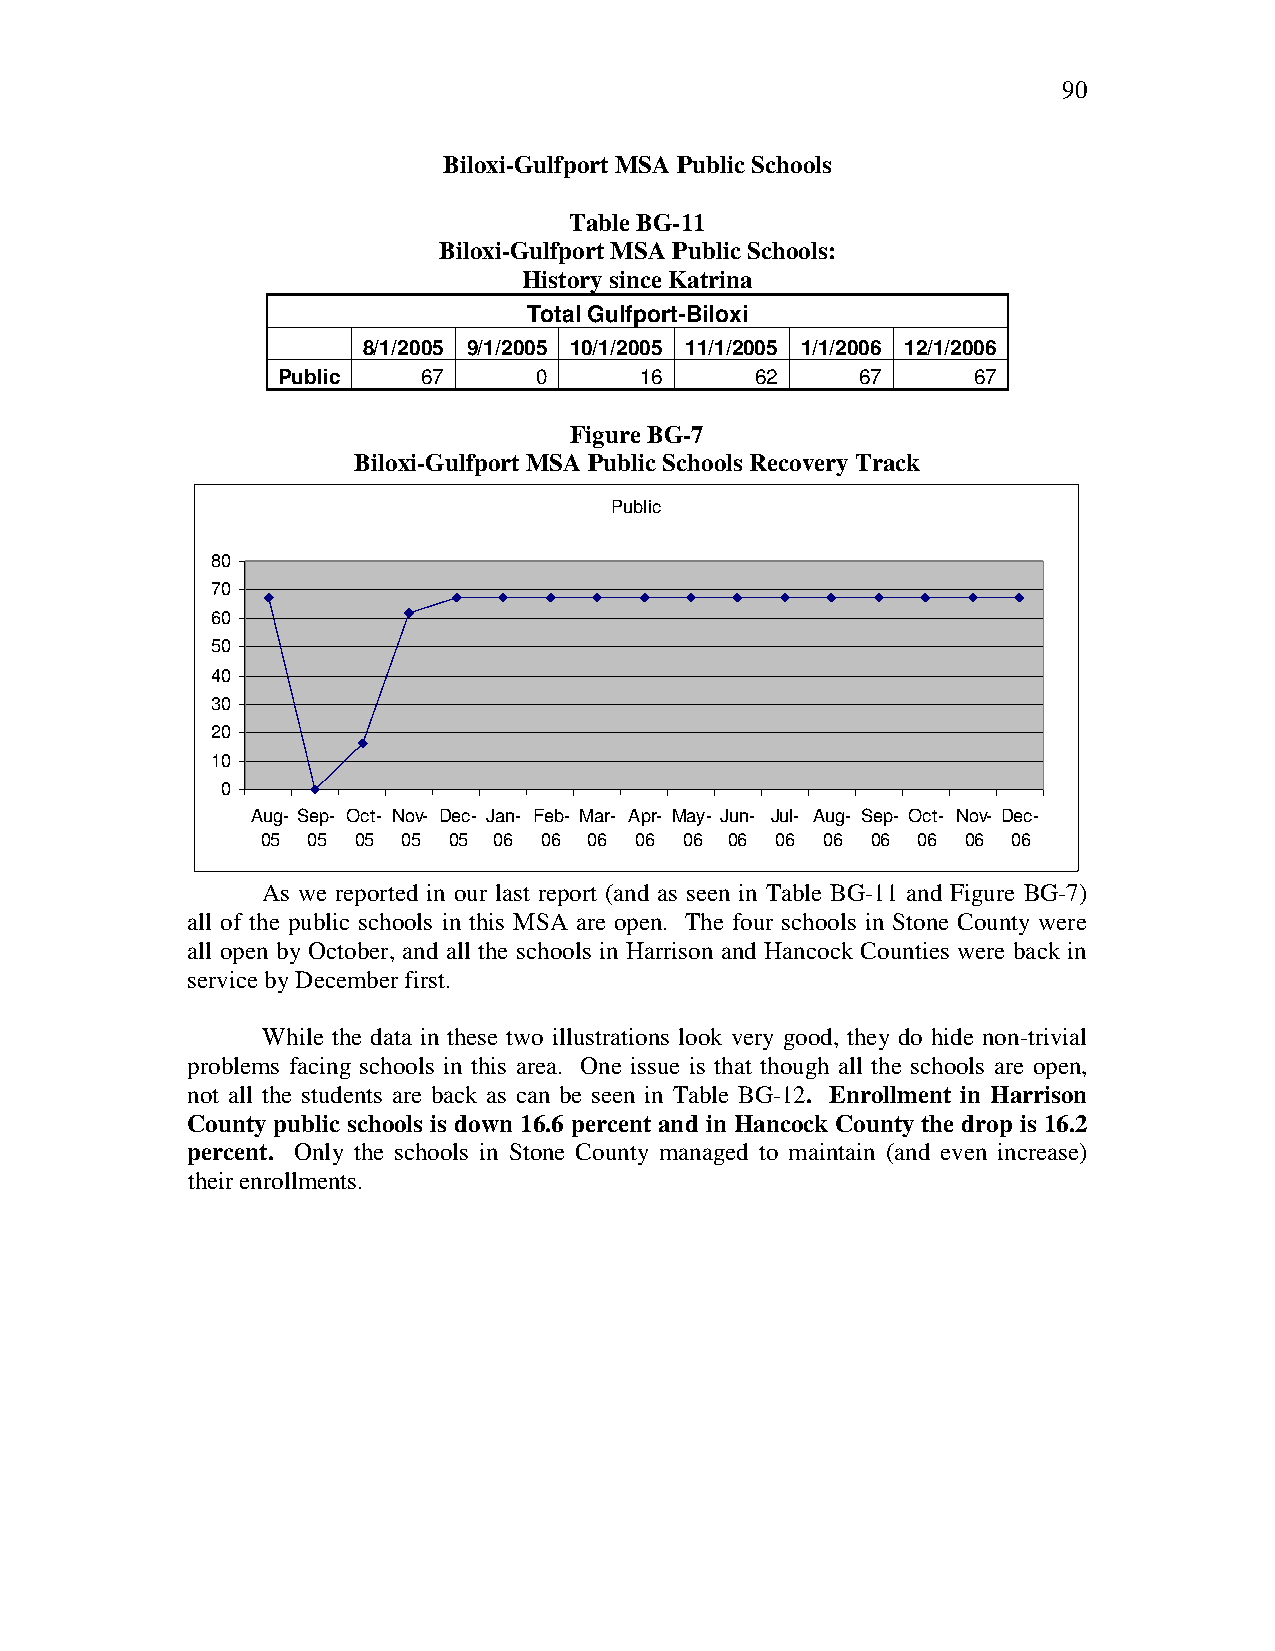
90
 Biloxi-Gulfport MSA Public Schools
 Table BG-11
 Biloxi-Gulfport MSA Public Schools:
 History since Katrina
 Total Gulfport-Biloxi
 8/1/2005 9/1/2005 10/1/2005 11/1/2005 1/1/2006 12/1/2006
 Public    67      0     16      62     67     67
 Figure BG-7
 Biloxi-Gulfport MSA Public Schools Recovery Track
 Public
 80
 70
 60
 50
 40
 30
 20
 10
 0
 Aug- Sep- Oct- Nov- Dec- Jan- Feb- Mar- Apr- May- Jun- Jul- Aug- Sep- Oct- Nov- Dec-
 05 05 05  05 05 06 06 06 06 06 06 06 06  06 06 06 06
 As we reported in our last report (and as seen in Table BG-11 and Figure BG-7)
 all of the public schools in this MSA are open. The four schools in Stone County were
 all open by October, and all the schools in Harrison and Hancock Counties were back in
 service by December first.
 While the data in these two illustrations look very good, they do hide non-trivial
 problems facing schools in this area. One issue is that though all the schools are open,
 not all the students are back as can be seen in Table BG-12. Enrollment in Harrison
 County public schools is down 16.6 percent and in Hancock County the drop is 16.2
 percent. Only the schools in Stone County managed to maintain (and even increase)
 their enrollments.